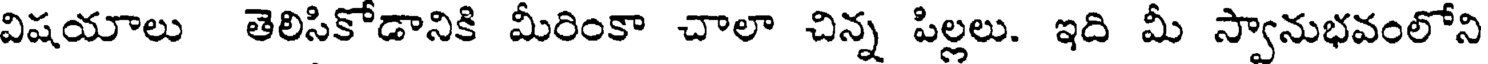
విషయాలు తెలిసికోడానికి మీరింకా చాలా చిన్న పిల్లలు. ఇది మీ స్వానుభవంలోని